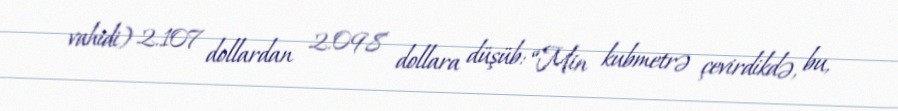
vahidi) 2.107 dollardan 2.098 dollara düşüb: “Min kubmetrə çevirdikdə, bu,